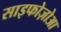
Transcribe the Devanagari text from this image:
साइफोज़ोआ